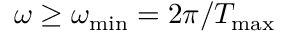
\omega \ge \omega _ { \operatorname* { m i n } } = 2 \pi / T _ { \operatorname* { m a x } }